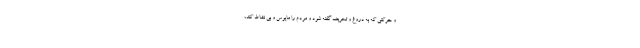
و حرکتی که به دروغ و تحریف گفته شود و مردم را مایوس و بی نشاط کند،